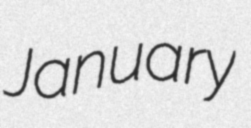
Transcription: January